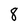
Character: 8